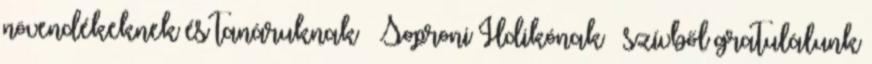
növendékeknek és tanáruknak – Soproni Ildikónak – szívből gratulálunk